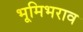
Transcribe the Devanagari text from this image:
भूमिभराव